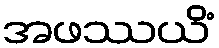
အဖဿယိံ